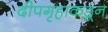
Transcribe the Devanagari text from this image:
दीपगृहाकडून